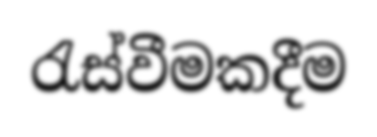
රැස්වීමකදීම